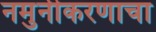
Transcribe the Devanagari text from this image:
नमुनीकरणाचा